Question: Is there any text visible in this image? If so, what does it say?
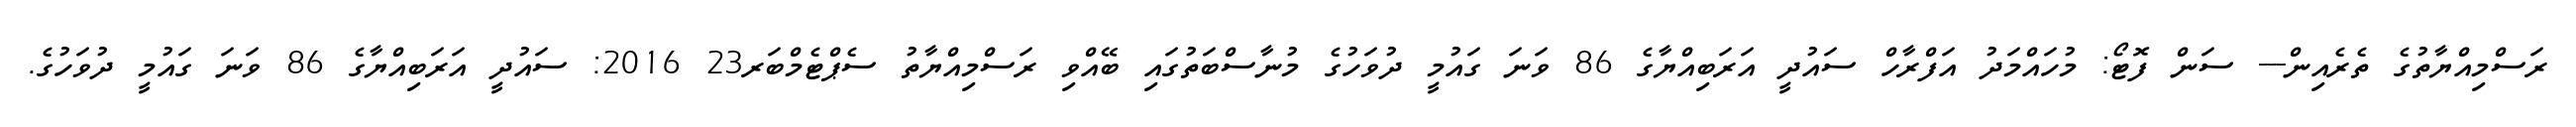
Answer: ރަސްމިއްޔާތުގެ ތެރެއިން--- ސަން ފޮޓޯ: މުހައްމަދު އަފްރާހް ސައުދީ އަރަބިއްޔާގެ 86 ވަނަ ގައުމީ ދުވަހުގެ މުނާސްބަތުގައި ބޭއްވި ރަސްމިއްޔާތު ސެޕްޓެމްބަރ23 2016: ސައުދީ އަރަބިއްޔާގެ 86 ވަނަ ގައުމީ ދުވަހުގެ.